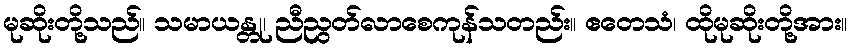
မုဆိုးတို့သည်။ သမာယန္တု၊ ညီညွတ်လာစေကုန်သတည်း။ ဧတေသံ၊ ထိုမုဆိုးတို့အား။